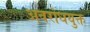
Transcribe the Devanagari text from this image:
अवरोधयुक्त